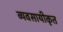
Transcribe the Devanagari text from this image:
व्यवसायीकृत